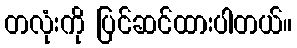
တလုံးကို ပြင်ဆင်ထားပါတယ်။